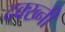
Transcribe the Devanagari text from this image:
दक्ख्नी